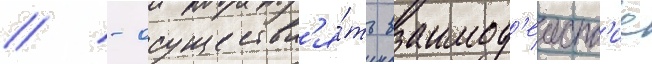
// - осуществл'я́ть взаимод'еиств'ие